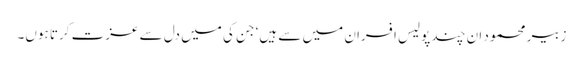
زبیر محمود ان چند پولیس افسران میں سے ہیں‘ جن کی میں دل سے عزت کرتا ہوں۔